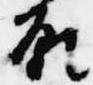
願